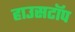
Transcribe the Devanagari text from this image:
हाउसटॉप